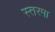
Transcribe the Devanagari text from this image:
स्तरमा